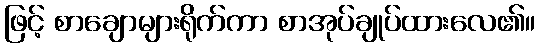
ဖြင့် စာချောများရိုက်ကာ စာအုပ်ချုပ်ထားလေ၏။